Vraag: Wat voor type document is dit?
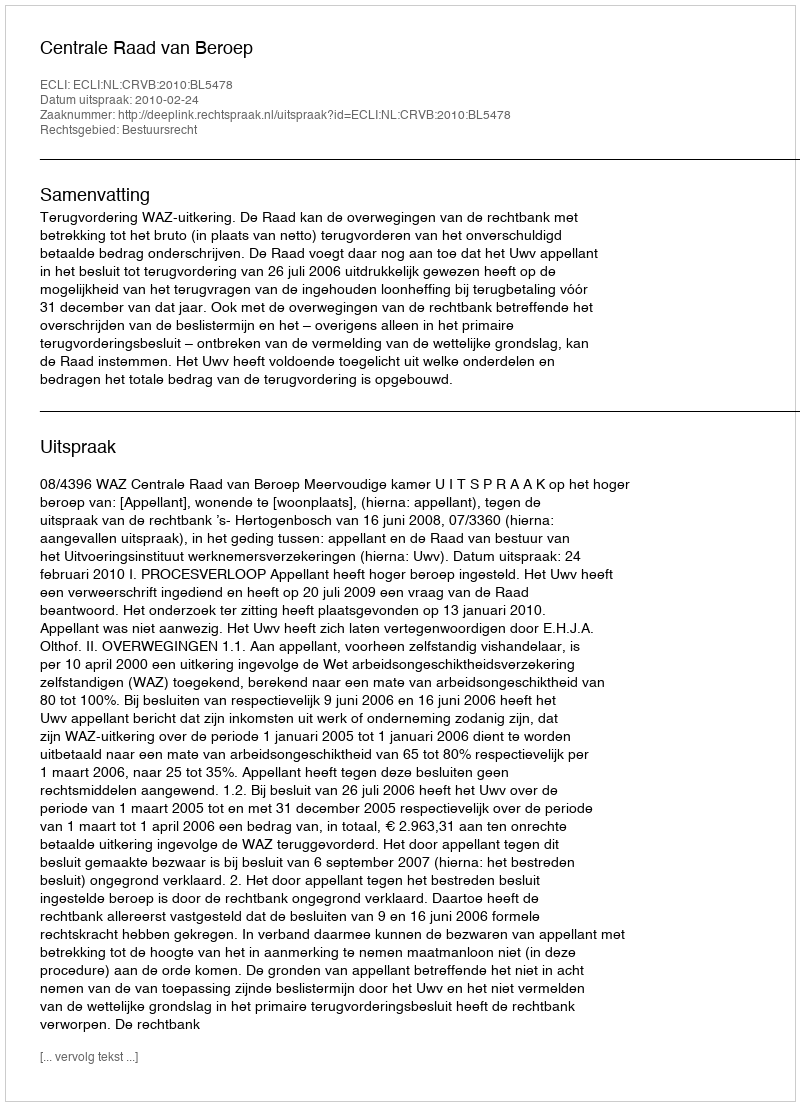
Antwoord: Uitspraak